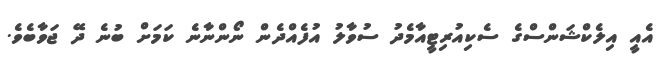
އެއީ އިލެކްޝަންސްގެ ސެކިއުރިޓީއާމެދު ސުވާލު އުފެއްދެން ނޯންނާނެ ކަމަށް ބުނެ ދޭ ޖަވާބެވެ.